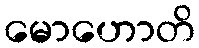
မောဟောတိ